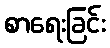
စာရေးခြင်း